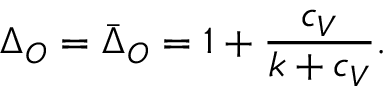
\Delta _ { O } = \bar { \Delta } _ { O } = 1 + { \frac { c _ { V } } { k + c _ { V } } } .